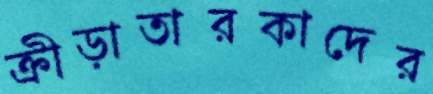
ক্রীড়াতারকাদের